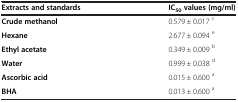
<table><thead><tr><td><b>Extracts and standards</b></td><td><b>IC<sub>50</sub>values (mg/ml)</b></td></tr></thead><tbody><tr><td><b>Crude methanol</b></td><td>0.579 ± 0.017 <sup>c</sup></td></tr><tr><td><b>Hexane</b></td><td>2.677 ± 0.094 <sup>e</sup></td></tr><tr><td><b>Ethyl acetate</b></td><td>0.349 ± 0.009 <sup>b</sup></td></tr><tr><td><b>Water</b></td><td>0.999 ± 0.038 <sup>d</sup></td></tr><tr><td><b>Ascorbic acid</b></td><td>0.015 ± 0.600 <sup>a</sup></td></tr><tr><td><b>BHA</b></td><td>0.013 ± 0.600 <sup>a</sup></td></tr></tbody></table>